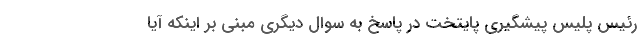
رئیس پلیس پیشگیری پایتخت در پاسخ به سوال دیگری مبنی بر اینکه آیا